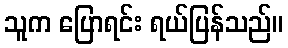
သူက ပြောရင်း ရယ်ပြန်သည်။